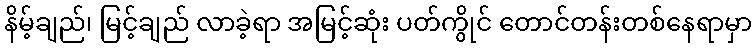
နိမ့်ချည်၊ မြင့်ချည် လာခဲ့ရာ အမြင့်ဆုံး ပတ်ကွိုင် တောင်တန်းတစ်နေရာမှာ